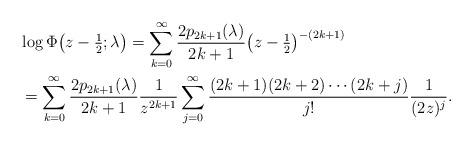
LaTeX: \begin{gather*}\log \Phi\big(z-\tfrac{1}{2}; \lambda\big)= \sum_{k=0}^\infty \frac{2p_{2k+1}(\lambda)}{2k+1} \big(z-\tfrac{1}{2}\big)^{-(2k+1)} \\\hphantom{\log \Phi\big(z-\tfrac{1}{2}; \lambda\big)}{} = \sum_{k=0}^\infty\frac{2p_{2k+1}(\lambda)}{2k+1} \frac{1}{z^{2k+1}}\sum_{j=0}^\infty \frac{(2k+1)(2k+2) \cdots(2k+j)}{j!} \frac{1}{(2z)^j}.\end{gather*}